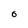
Character: 0